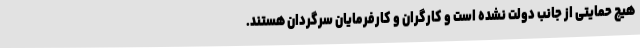
هیچ حمایتی از جانب دولت نشده است و کارگران و کارفرمایان سرگردان هستند.